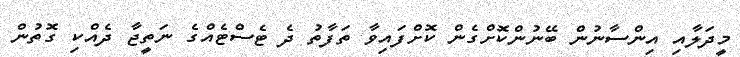
މީދަލާއި އިންސާނުން ބޭނުންކޮށްގެން ކޮށްފައިވާ ތަފާތު ދެ ޓެސްޓެއްގެ ނަތީޖާ ދެއްކި ގޮތުން